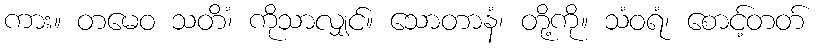
ကား။ တမေဝ သတိံ၊ ကိုသာလျှင်။ သောတာနံ၊ တို့ကို။ သံဝရံ၊ စောင့်တတ်